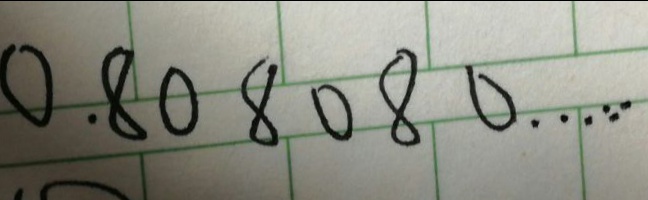
0 . 8 0 8 0 8 0 \cdots